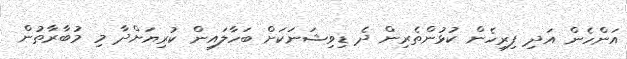
އަންހެން އަދި ފިރިހެން ކުޅުންތެރިން ދެ ޑިވިޝަނަކަށް ބަހާލައިން ކުރިޔަށްދާ މި މުބާރާތުން